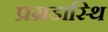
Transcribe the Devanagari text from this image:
प्रग्रडास्थि